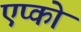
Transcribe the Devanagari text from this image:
एप्को